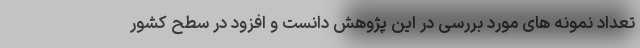
تعداد نمونه های مورد بررسی در این پژوهش دانست و افزود در سطح کشور